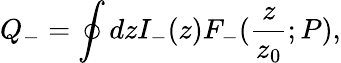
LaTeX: Q_{-}=\oint dzI_{-}(z)F_{-}({\frac{z}{z_{0}}};P),